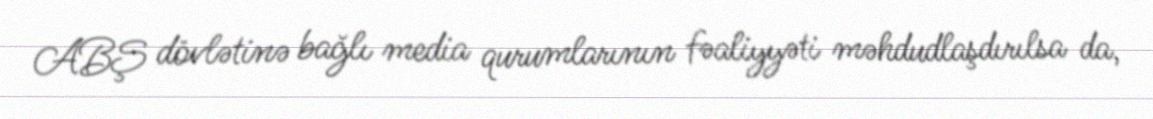
ABŞ dövlətinə bağlı media qurumlarının fəaliyyəti məhdudlaşdırılsa da,